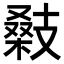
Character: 𢻚